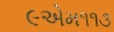
૯એમ૧૧૩